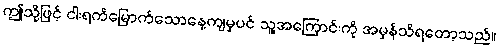
ဤသို့ဖြင့် ငါးရက်မြောက်သောနေ့ကျမှပင် သူ့အကြောင်းကို အမှန်သိရတော့သည်။